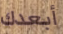
أبعدك